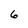
Character: 6